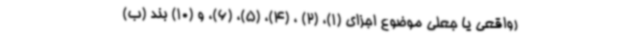
رواقعی یا جعلی موضوع اجزای (1)، (2) ، (4)، (5)، (6)، و (10) بند (ب)